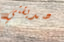
صديقتي